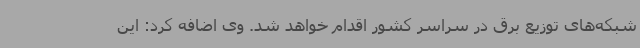
شبکه‌های توزیع برق در سراسر کشور اقدام خواهد شد. وی اضافه کرد: این